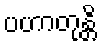
ပဟာတုန္တိ